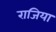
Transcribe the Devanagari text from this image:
राजिया